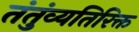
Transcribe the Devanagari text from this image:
तंतुंव्यतिरिक्त